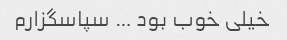
خیلی خوب بود … سپاسگزارم